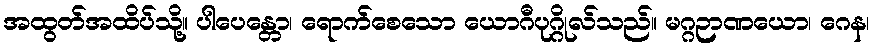
အထွတ်အထိပ်သို့။ ပါပေန္တော၊ ရောက်စေသော ယောဂီပုဂ္ဂိုလ်သည်။ မဂ္ဂဉာဏယော၊ ဂေန၊